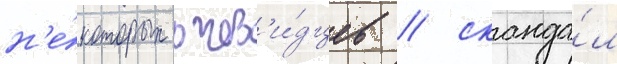
н'е́которых очев'и́дцев / сканда́л